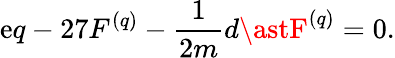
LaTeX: \mathrm{e}q-27F^{(q)}-\frac{{1}}{{2m}}d\astF^{(q)}=0.